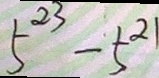
5 ^ { 2 3 } - 5 ^ { 2 1 }